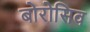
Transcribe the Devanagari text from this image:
बोरोसिव